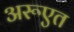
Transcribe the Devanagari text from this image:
अरूएत